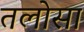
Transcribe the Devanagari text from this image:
तलोसा